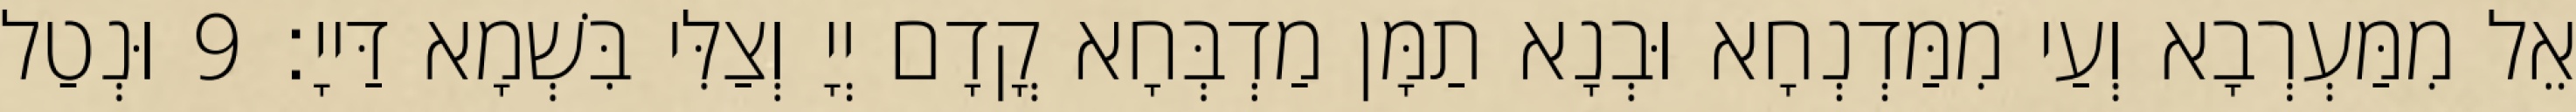
אֵל מִמַּעְרְבָא וְעַי מִמַּדְנְחָא וּבְנָא תַמָּן מַדְבְּחָא קֳדָם יְיָ וְצַלִּי בִּשְׁמָא דַּייָ׃ 9 וּנְטַל